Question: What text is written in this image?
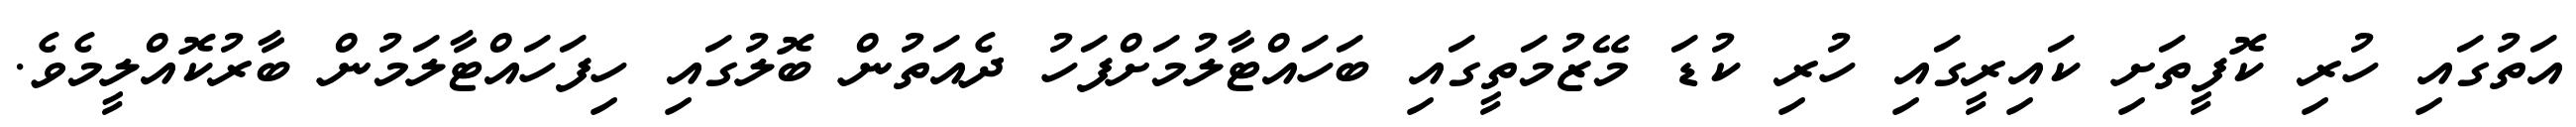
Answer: އަތުގައި ހުރި ކޮފީތަށި ކައިރީގައި ހުރި ކުޑަ މޭޒުމަތީގައި ބަހައްޓާލުމަށްފަހު ދެއަތުން ބޮލުގައި ހިފަހައްޓާލަމުން ބާރުކޮއްލީމެވެ.